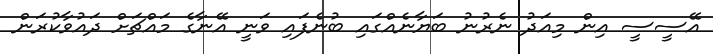
އޭސީސީ އިން މިއަދު ނެރުނު ބަޔާނެއްގައި ބުނެފައި ވަނީ އޭނާގެ މައްޗަށް ދައުވާކުރަން